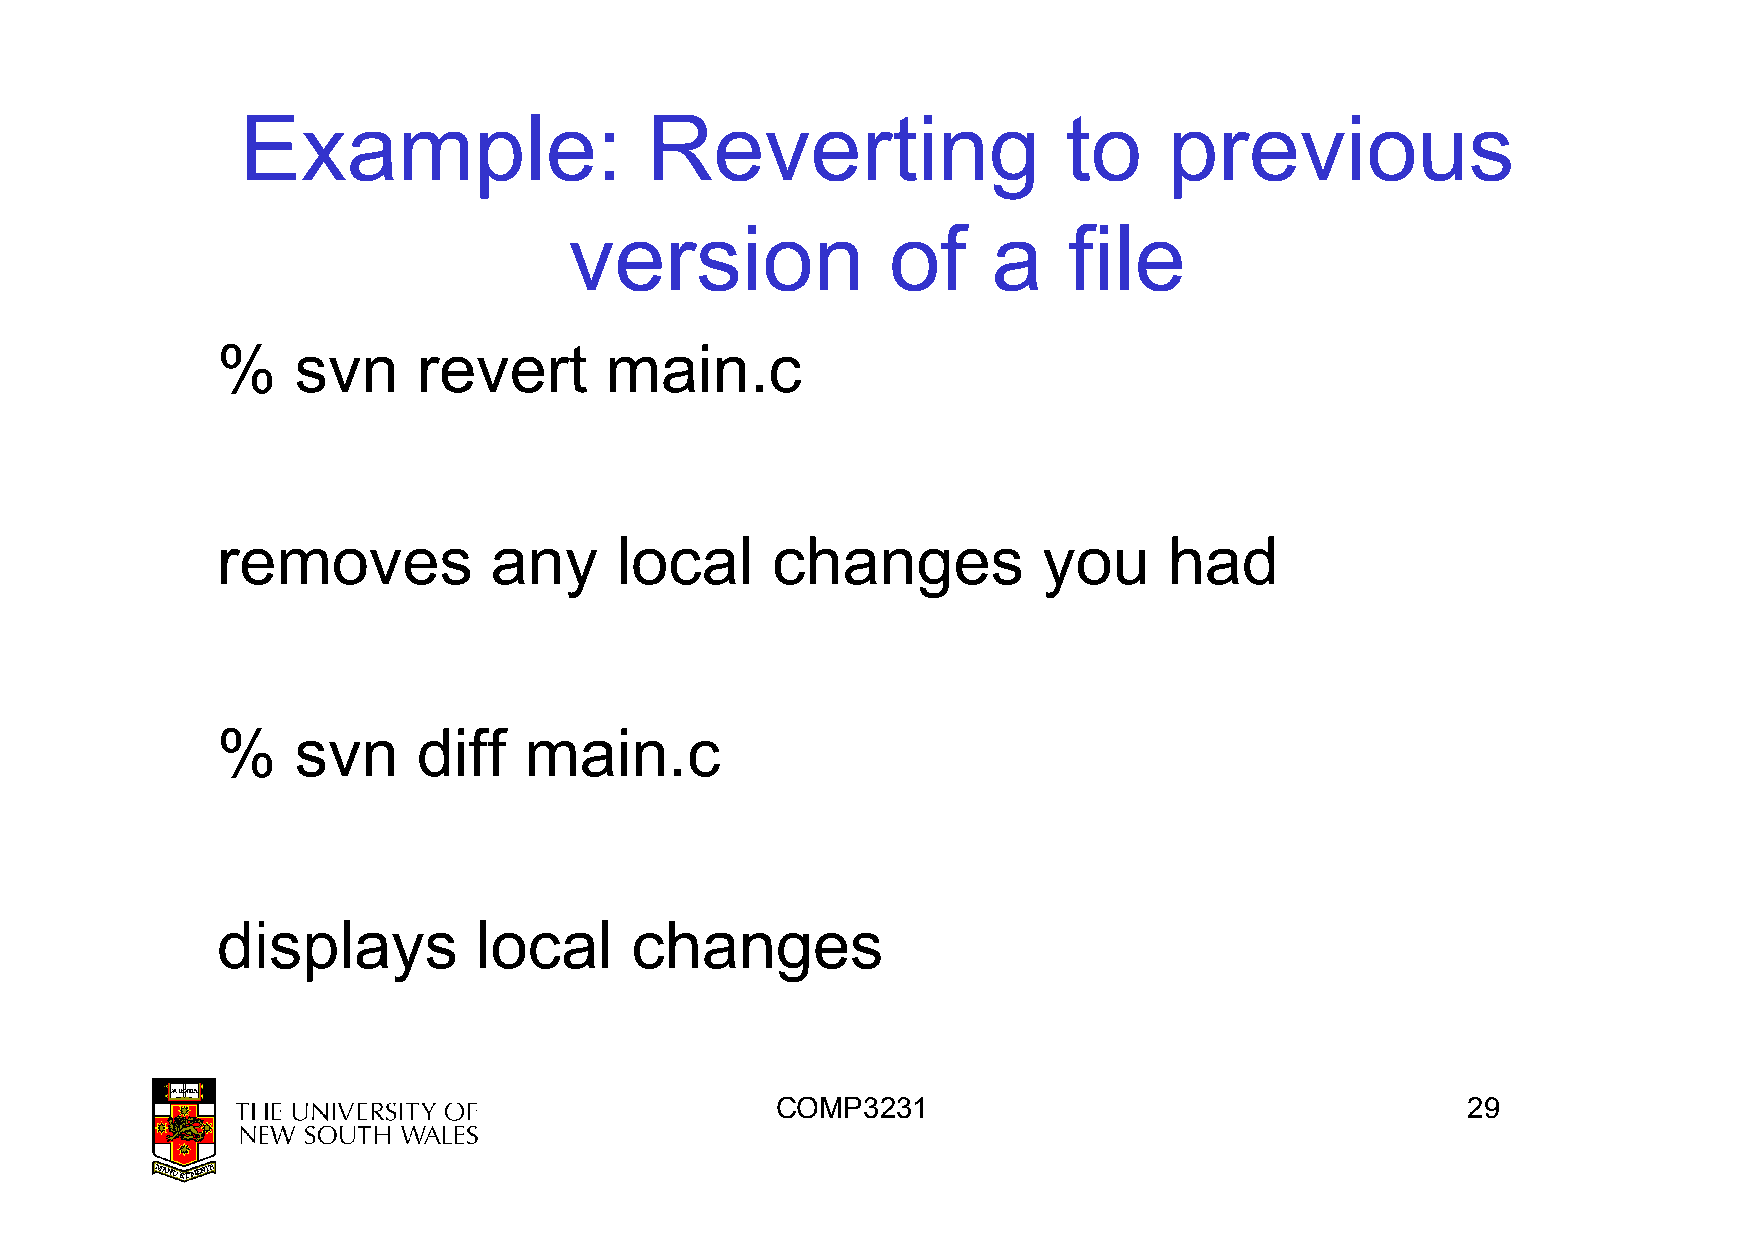
Example:                   Reverting                   to    previous
 version              of     a    file
 %    svn      revert      main.c
 removes           any      local     changes           you     had
 %    svn      diff   main.c
 displays         local      changes
 COMP3231                                      29